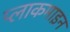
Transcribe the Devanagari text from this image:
प्लाकमाइन